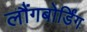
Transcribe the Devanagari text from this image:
लौंगबोर्डिंग